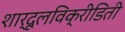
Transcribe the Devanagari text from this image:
शार्दूलविक्रीडिती